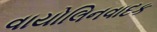
વાયોલિનવાદક